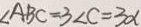
\angle A B C = 3 \angle C = 3 \alpha